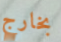
بخارج